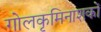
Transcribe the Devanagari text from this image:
गोलकृमिनाशकों